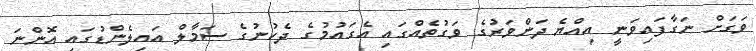
ވަގަށް ނަގާފައިވަނީ އިއްޔެ ދަންވަރުގެ ވަގުތެއްގައި އެގައުމުގެ ދެކުނުގެ ސަމާލް އައިލެންޑުގައި އޮންނަ